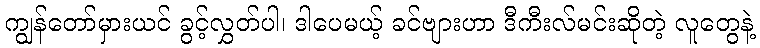
ကျွန်တော်မှားယင် ခွင့်လွှတ်ပါ၊ ဒါပေမယ့် ခင်ဗျားဟာ ဒီကီးလ်မင်းဆိုတဲ့ လူတွေနဲ့